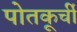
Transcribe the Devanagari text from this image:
पोतकूर्ची